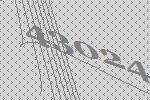
43024